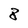
Character: 8